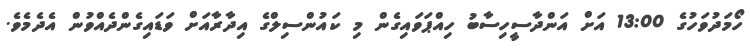
ހޯމަދުވަހުގެ 13:00 އަށް އަންދާސީހިސާބު ހިއްޕަވައިގެން މި ކައުންސިލްގެ އިދާރާއަށް ވަޑައިގެންދެއްވުން އެދެމެވެ.